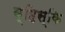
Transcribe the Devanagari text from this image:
व्हिस्कि